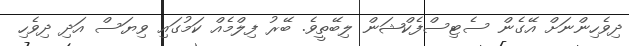
ދިވެހިންނަށް އޭގެން ސެޓިސްފެކްޝަން ލިބޭތީވެ. ބޭރު ފިލްމެއް ކަމުގައި ވިޔަސް އަދި ދިވެހި